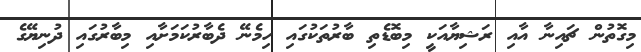
މިގޮތުން ޗައިނާ އާއި ރަޝިޔާއަކީ މިބޮޑެތި ބާރުތަކުގައި ހިމެނޭ ދެބާރުކަމަށާއި މިބާރުގައި ދުނިޔޭގެ